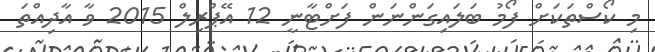
މި ކޯސްތަކަށް ފޯމު ބަލައިގަންނަން ފަށްޓާނީ 12 އޭޕްރިލް 2015 ވާ އާދިއްތަ